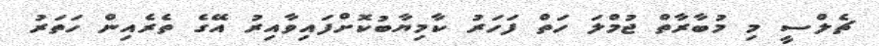
ޗެލްސީ މި މުބާރާތް ޖުމްލަ ހަތް ފަހަރު ކާމިޔާބުކޮށްފައިވާއިރު އޭގެ ތެރެއިން ހަތަރު